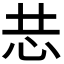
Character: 𭜑